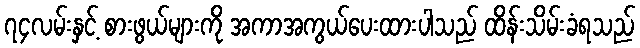
၇၄လမ်းနှင့် စားဖွယ်များကို အကာအကွယ်ပေးထားပါသည် ထိန်းသိမ်းခံရသည်